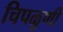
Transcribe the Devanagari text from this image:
चिपळुणी